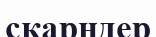
скарндер